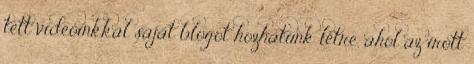
tett videóinkkal saját blogot hozhatunk létre, ahol az írott